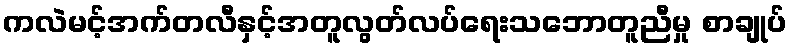
ကလဲမင့်အက်တလီနှင့်အတူလွတ်လပ်ရေးသဘောတူညီမှု စာချုပ်